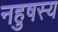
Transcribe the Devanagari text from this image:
नहुषस्य